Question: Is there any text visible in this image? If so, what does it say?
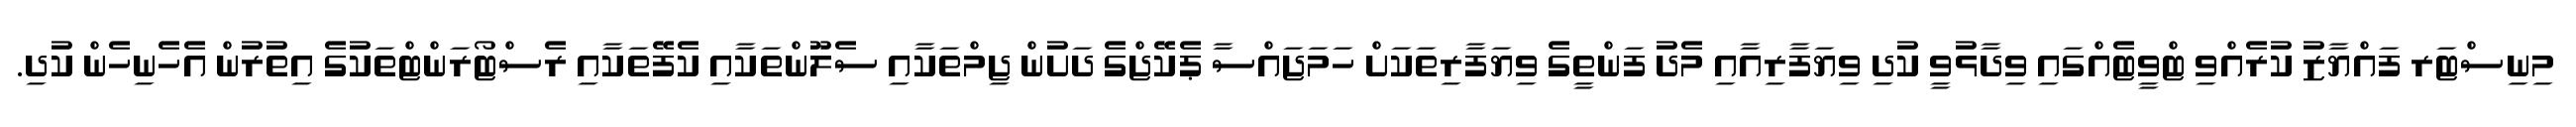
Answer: މިނިސްޓަރ ފައްޔާޒު ކުރެއްވި ޓްވީޓެއްގައި ވިދާޅުވީ ކުދި ވިޔަފާރިއާއި މެދު ފަންތީގެ ވިޔަފާރިތަކަށް ހަމަޖައްސާ ޕެކޭޖްގެ ދަށުން ޖިމްތަކާއި ސެލޫންތަކާއި ކެފޭތަކާއި ރެސްޓޯރަންޓްތަކުގެ އިތުރުން އެހެނިހެން ކުދި.